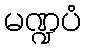
မဏ္ဍပံ